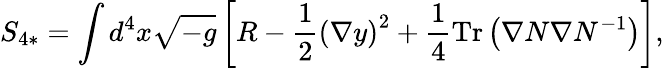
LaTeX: S_{4*}=\int d^{4}x\sqrt{-g}\left[R-\frac{1}{2}\left(\nabla y\right)^{2}+\frac{1}{4}\mathrm{Tr}\left(\nabla N\nabla N^{-1}\right)\right],